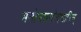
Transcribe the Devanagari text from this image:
मनोभवमोदधारिन्